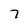
Character: 7